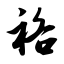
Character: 袼